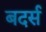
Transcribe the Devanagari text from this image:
बदर्स